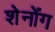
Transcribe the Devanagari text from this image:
शेनोंग